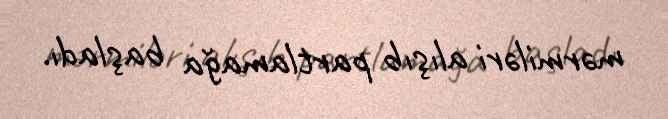
mərmiləri alışıb partlamağa başladı.